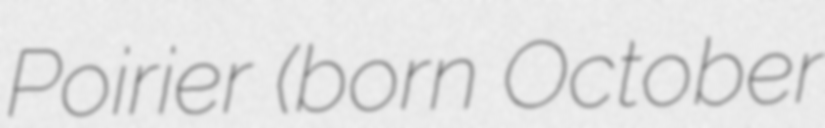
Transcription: Poirier (born October